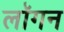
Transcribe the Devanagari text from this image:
लॉगन